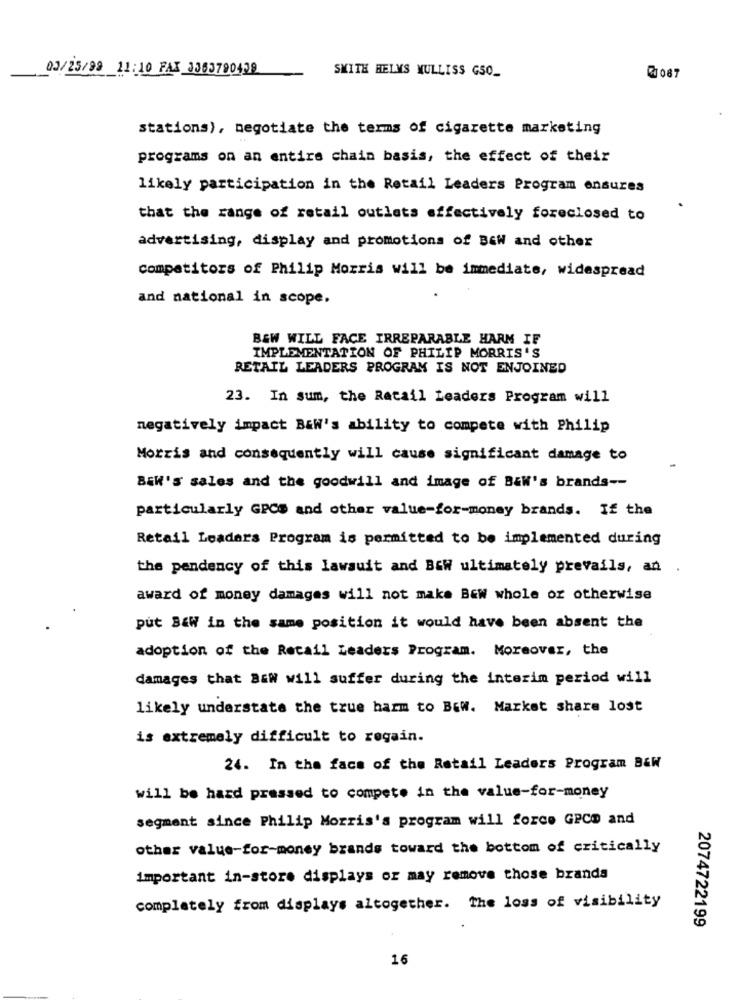
03/25/99 11:10 FAX 3363790438
SMITH HELMS MULLISS G50_
@1087
stations), negotiate the terms of cigarette marketing
programs on an entire chain basis, the effect of their
likely participation in the Retail Leaders Program ensures
that the range of retail outlets effectively foreclosed to
advertising, display and promotions of Baw and other
competitors of Philip Morris will be immediate, widespread
and national in scope.
B&W WILL FACE IRREPARABLE HARM IF
IMPLEMENTATION OF PHILIP MORRIS'S
RETAIL LEADERS PROGRAM IS NOT ENJOINED
23. In sum, the Retail Leaders Program will
negatively impact B&W's ability to compete with Philip
Morris and consequently will cause significant damage to
BEW's sales and the goodwill and image of B&W's brands --
particularly GPCS and other value-for-money brands. If the
Retail Leaders Program is permitted to be implemented during
the pendency of this lawsuit and B&W ultimately prevails, an .
award of money damages will not make BEW whole or otherwise
put B&W in the same position it would have been absent the
adoption of the Retail Leaders Program. Moreover, the
damages that B&W will suffer during the interim period will
likely understate the true harm to BEW. Market share lost
is extremely difficult to regain.
24. In the face of the Retail Leaders Program BEW
will be hard pressed to compete in the value-for-money
segment since Philip Morris's program will force GPCD and
other value-for-money brands toward the bottom of critically
important in-store displays or may remove those branda
completely from displays altogether. The loss of visibility
2074722199
16